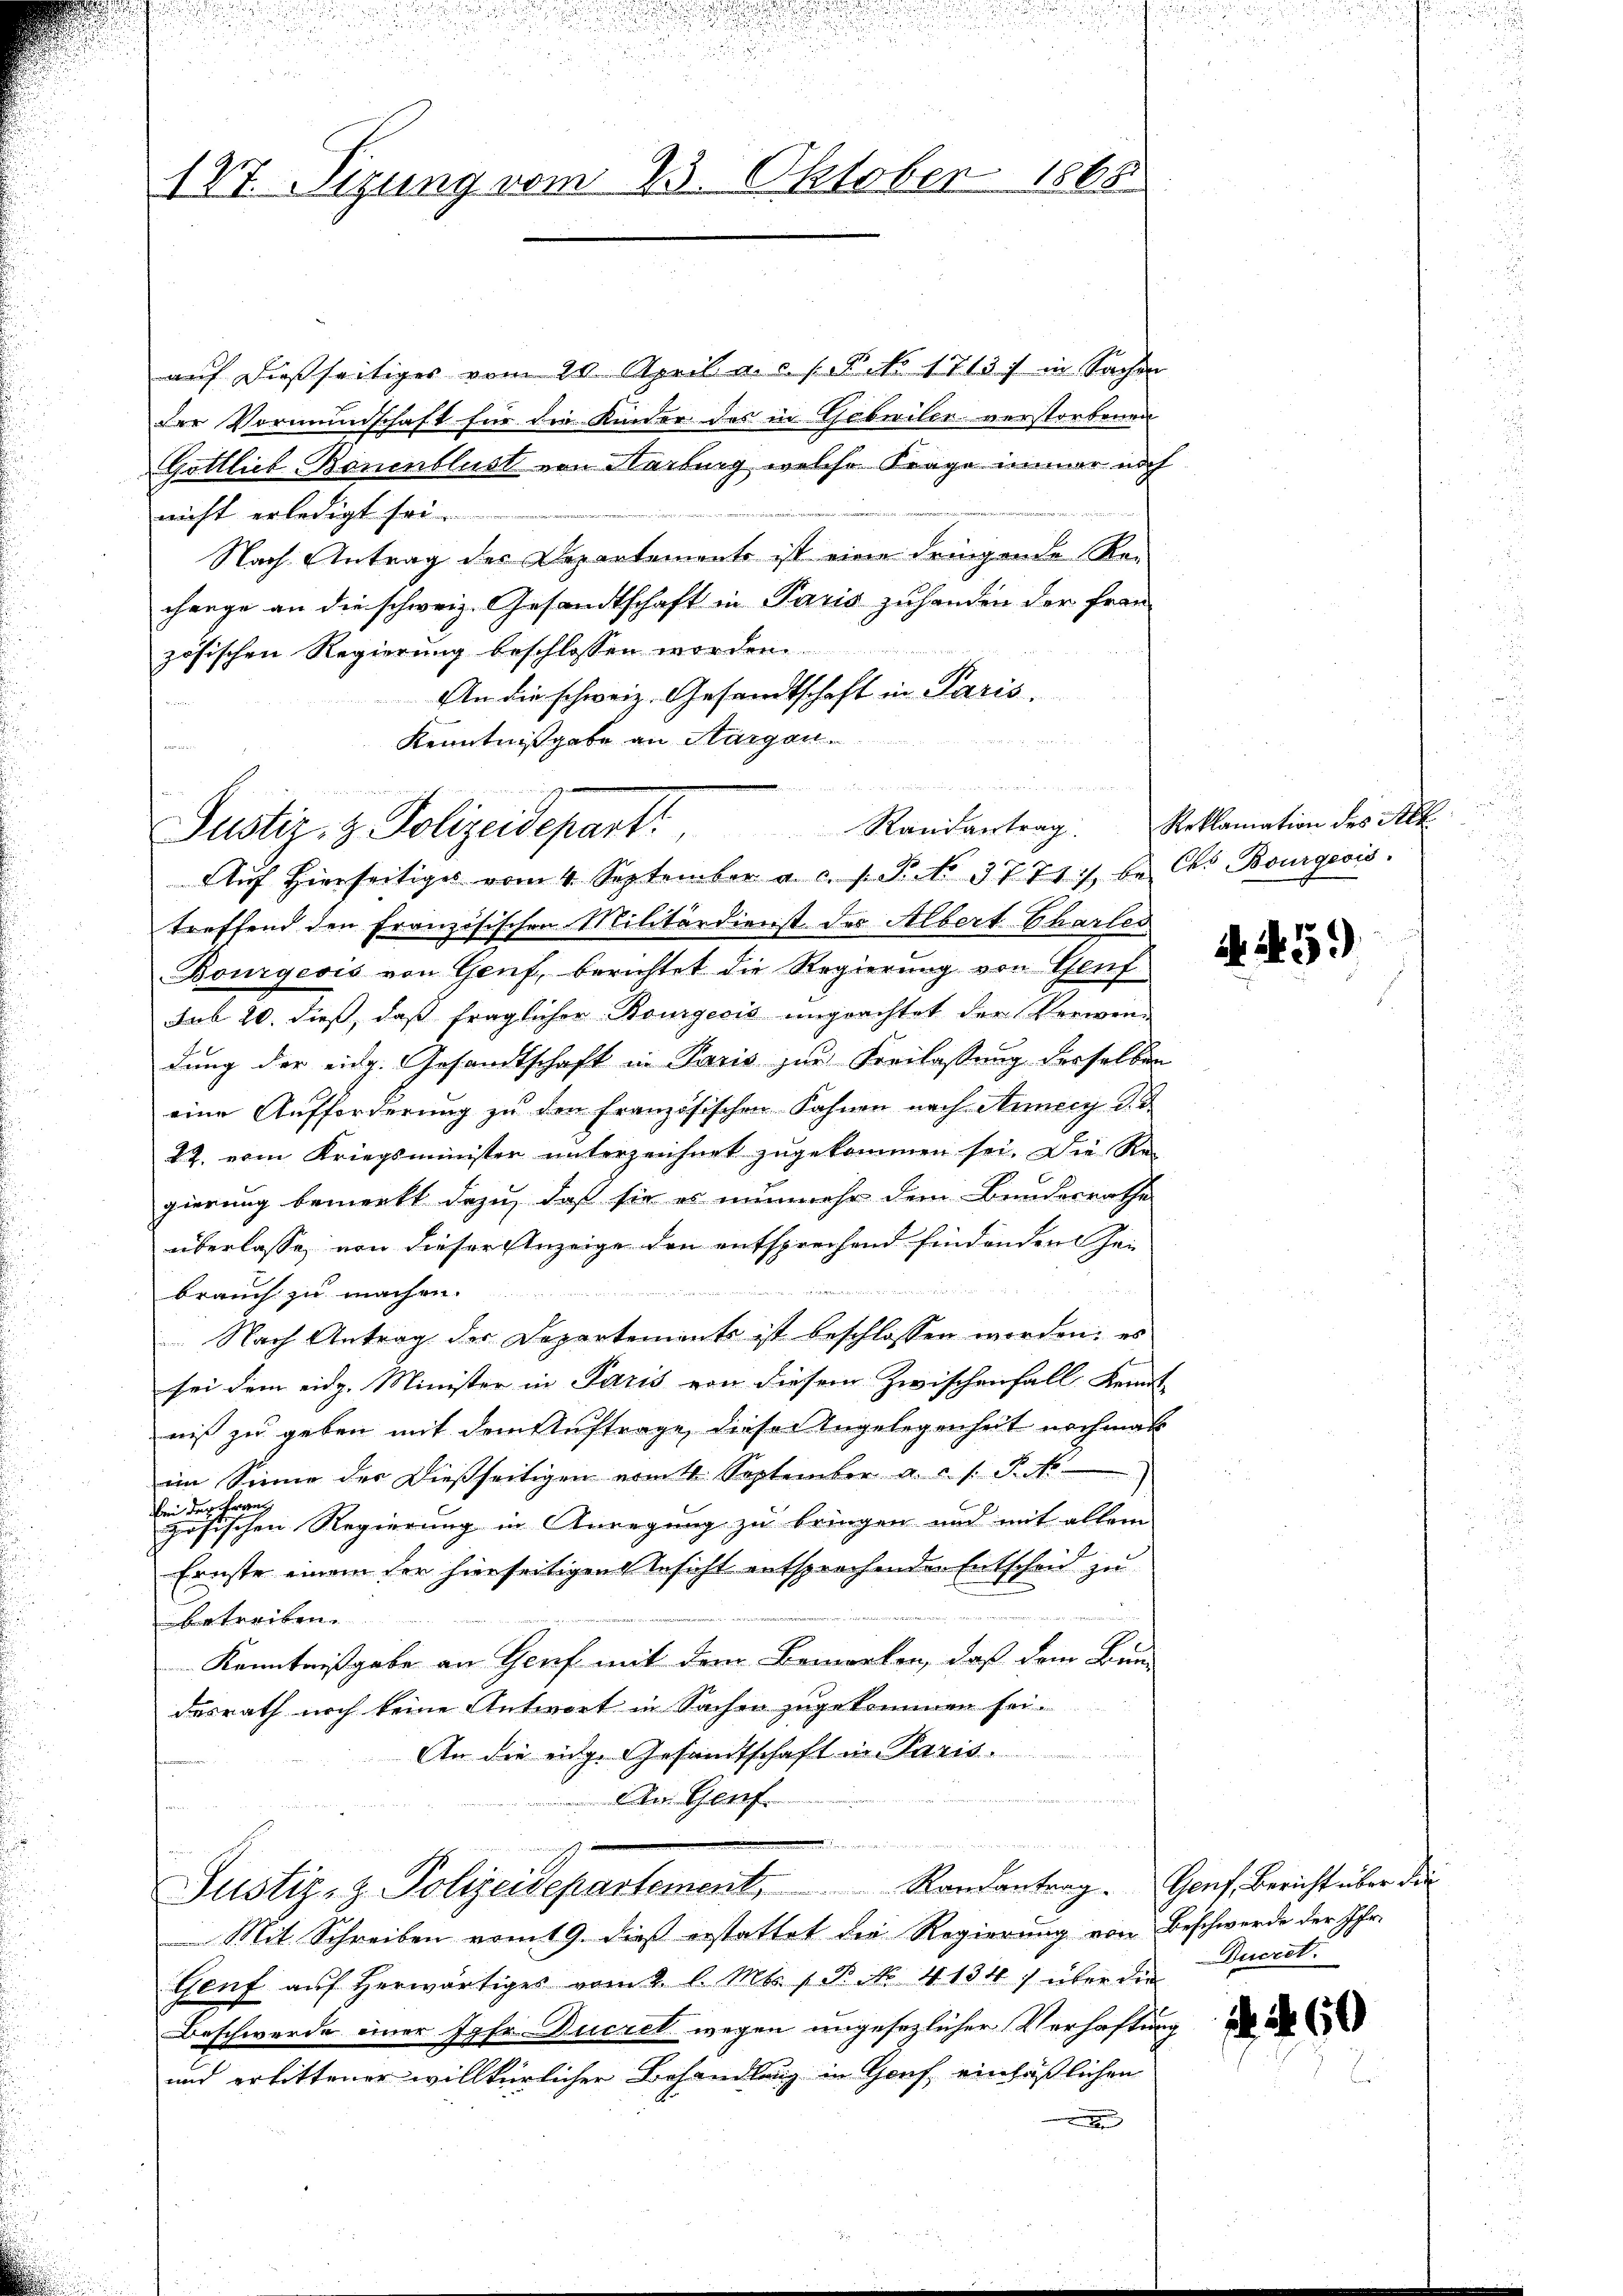
147. Tizung vom 23. Oktober 1865

aŭf dießseitiges vom 20. April a. c. s. S. No. 1713) in Sachen
der Vormundschaft für die Kinder des in Gobilie verstorbenen
Gottlieb. Bonenblust von Karburg, welche Frage immer noch
nicht erledigt sei.
Nach Antrag des Departements ist eine dringende Re-
change an die schweiz. Gesandtschaft in Paris zuhanden der Frau
zösischen Regierung beschlossen worden.
An die schweiz. Gesandtschaft in Paris.
 1 1
Kenntnißgabe an Aargau.

Justiz- & Polizeidepart. Randantrag: Voklamation des Alt

Aŭf Hierseitiges vom 4. September a. c. s. S. No 3771 :/ be Ces Bourgeois.
treffend den Französischen Militärdienst des Albert Chartes
Bourgeois von Genf, berichtet die Regierung von Genf
sub 20. dieß, daß fraglicher Rougesis ungeachtet der Verwendung der eidg. Gesandtschaft in Paris zur Freilassung derselben
eine Aufforderung zu den Französischen Fahnen nach Auery d. d.
27. vom Kriegsminister unterzeichnet zugekommen sei. Die Re-
gierung bemerkt dazu, daß sie es nunmehr dem Bundesrathe
überlasse, von dieser Anzeige den entsprechend findenden Hei

brauch zu machen.
Nach Antrag der Departemente ist beschlossen worden; es
sei dem eidg. Minister in Paris von diesem Zwischenfall Kennt
niß zu geben mit dem Auftrage diese Angelegenheit nochmal
im Sinne des Dießseitigen vom 11. September a. c. s. S. N
Verwal
bei der
zösischen Regierung in Anregung zu bringen und mit allem
Ernste einem der hierseitigen Ansicht entsprochenden Entscheid zu
übetreiben.
Kenntnißgabe an Genf mit dem Bemerken, daß dem Bun-
desrath noch keine Antwort in Sachen zugekommen sei.
An die eidg. Gesandtschaft in Paris.
An Genf.
un
Justiz- & Polizeidepartement. Randantrag. Genf, Bericht über de
Mit Schreiben vom 19. dieß erstattet die Regierung von Beschwerde der Ihr
Genf aŭf herwärtiges vom 2. l. Mts. 1. P. Nr. 4. 134. über die
Beschwerde einer Jahr-Ducret wegen ungesezlicher Verhaftung de
und erbittener willkürlicher Behandlung in Genf, einläßlichen

A.5)

Ducret.